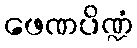
ဖေဏပိဏ္ဍံ